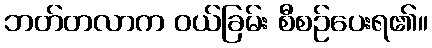
ဘတ်တလာက ဝယ်ခြမ်း စီစဉ်ပေးရ၏။